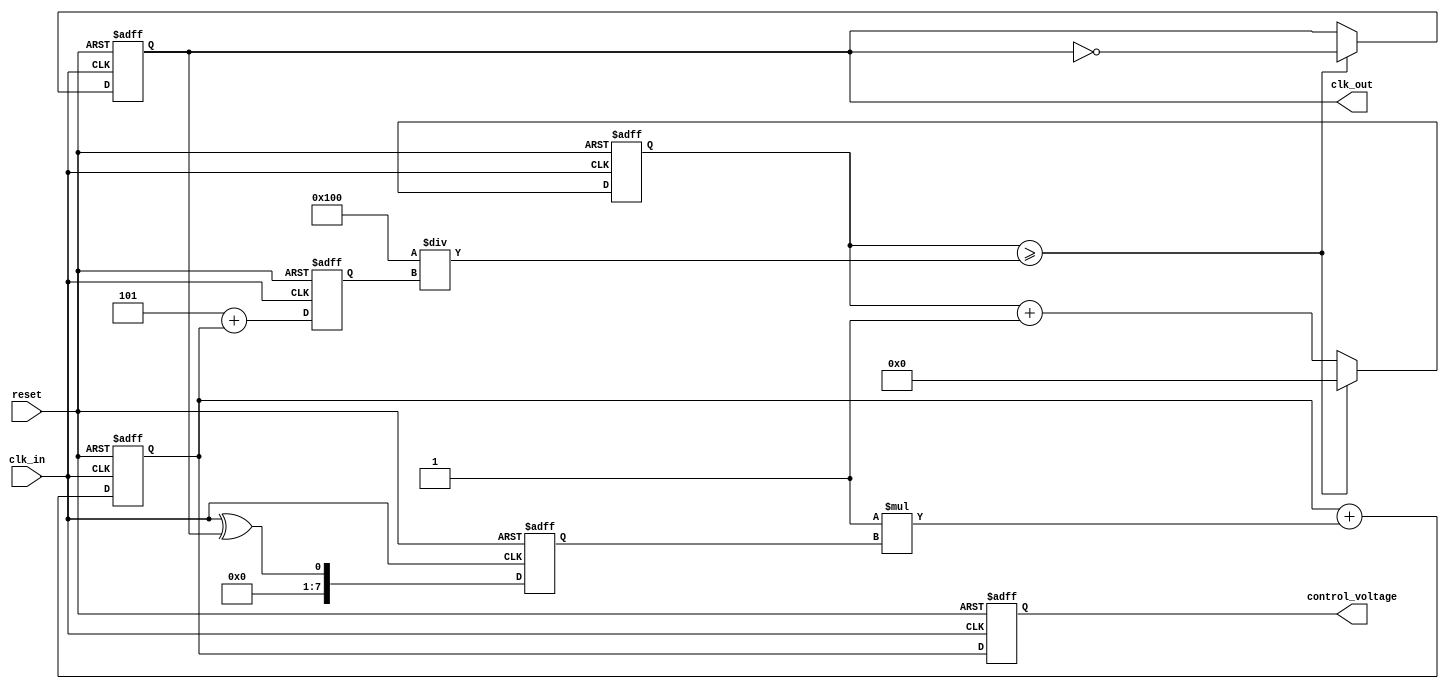
module clock_recovery_PLL (
    input wire clk_in,      // Incoming data signal
    input wire reset,       // Reset signal
    output reg clk_out,     // Output clock signal
    output reg [7:0] control_voltage // Control voltage for VCO
);

// Parameters
parameter PHASE_DETECTOR_DELAY = 2; // Delay for phase detector
parameter LOOP_FILTER_GAIN = 1;      // Gain for loop filter
parameter VCO_BASE_FREQ = 5;         // Base frequency of VCO

// Internal signals
reg [7:0] phase_error; // Phase error signal from phase detector
reg [7:0] filtered_error; // Filtered phase error
reg [7:0] vco_frequency; // Frequency of VCO
reg [7:0] vco_counter; // Counter for VCO output

// Phase Detector (PD)
always @(posedge clk_in or posedge reset) begin
    if (reset) begin
        phase_error <= 0;
    end else begin
        // Simple XOR based phase detector
        phase_error <= clk_in ^ clk_out;
    end
end

// Loop Filter (LF)
always @(posedge clk_in or posedge reset) begin
    if (reset) begin
        filtered_error <= 0;
    end else begin
        // First-order loop filter
        filtered_error <= filtered_error + LOOP_FILTER_GAIN * phase_error;
    end
end

// Voltage-Controlled Oscillator (VCO)
always @(posedge clk_in or posedge reset) begin
    if (reset) begin
        vco_frequency <= VCO_BASE_FREQ;
        vco_counter <= 0;
        clk_out <= 0;
    end else begin
        // Adjust VCO frequency based on filtered error
        vco_frequency <= VCO_BASE_FREQ + filtered_error;

        // Generate output clock based on VCO frequency
        if (vco_counter >= (256 / vco_frequency)) begin
            clk_out <= ~clk_out;
            vco_counter <= 0;
        end else begin
            vco_counter <= vco_counter + 1;
        end
    end
end

// Control Voltage output
always @(posedge clk_in or posedge reset) begin
    if (reset) begin
        control_voltage <= 0;
    end else begin
        control_voltage <= filtered_error; // Simple control voltage output
    end
end

endmodule